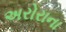
અરોરાના